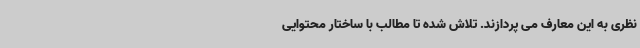
نظری به این معارف می پردازند. تلاش شده تا مطالب با ساختار محتوایی